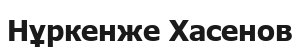
Нұркенже Хасенов